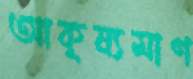
আকৃষ্যমাণ